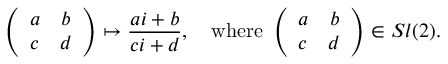
\left( \begin{array} { c c } { { a } } & { { b } } \\ { { c } } & { { d } } \end{array} \right) \mapsto \frac { a i + b } { c i + d } , \quad \mathrm { w h e r e \ } \left( \begin{array} { c c } { { a } } & { { b } } \\ { { c } } & { { d } } \end{array} \right) \in S l ( 2 ) .